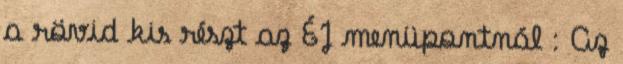
a rövid kis részt az ÉJ menüpontnál : Az